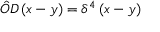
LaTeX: { \hat { O } } D \left( x - y \right) = \delta ^ { 4 } \left( x - y \right)